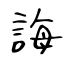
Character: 誨